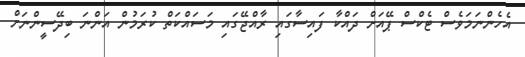
އެހެންނަމަވެސް ޓެކްސް ޕޭއަށް ދައްކާ ފައިސާގައި ރާއްޖޭގައި މަސައްކަތް ކުރަމުން އަންނަ ބިދޭސީންނަށް